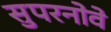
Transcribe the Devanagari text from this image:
सुपरनोवे